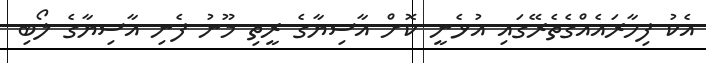
އެކު ފިހާރައެއްގެތެރޭގައި އުޅެނީ ކޮށް އާސިޔާގެ ރީތި މޫނު ފެނި އާސިޔާގެ ލޯބި